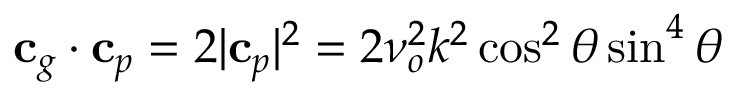
\mathbf { c } _ { g } \cdot \mathbf { c } _ { p } = 2 | \mathbf { c } _ { p } | ^ { 2 } = 2 \nu _ { o } ^ { 2 } k ^ { 2 } \cos ^ { 2 } \theta \sin ^ { 4 } \theta